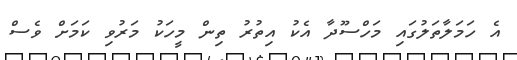
އެ ހަމަލާތަލުގައި މަހްސޫދާ އެކު އިތުރު ތިން މީހަކު މަރުވި ކަމަށް ވެސް